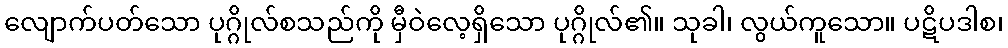
လျောက်ပတ်သော ပုဂ္ဂိုလ်စသည်ကို မှီဝဲလေ့ရှိသော ပုဂ္ဂိုလ်၏။ သုခါ၊ လွယ်ကူသော။ ပဋိပဒါစ၊